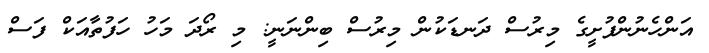
އަންހެނުންފުށީގެ މިރުސް ދަނޑަކުން މިރުސް ބިންނަނީ: މި ރޯދަ މަހު ހަފުތާއަކް ފަސް